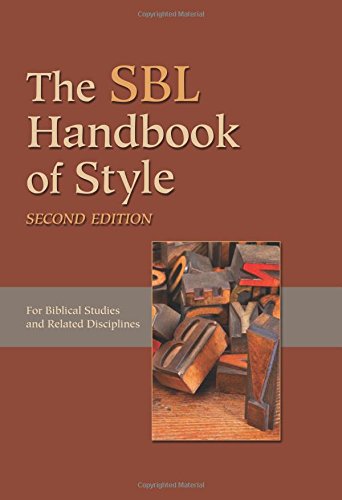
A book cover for The SBL Handbook of Style; Society of Biblical Literature; Reference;